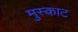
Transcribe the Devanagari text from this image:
मुस्काट